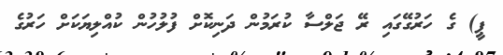
ޕީ) ގެ ހަރުގޭގައި ރޭ ޖަލްސާ ކުރަމުން ދަނިކޮށް ފުލުހުން ކުއްލިޔަކަށް ހަރުގެ